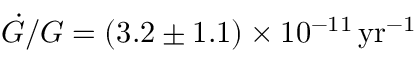
\dot { G } / G = ( 3 . 2 \pm 1 . 1 ) \times 1 0 ^ { - 1 1 } \, \mathrm { y r } ^ { - 1 }